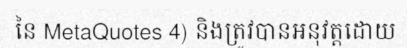
នៃ MetaQuotes 4) និងត្រូវបានអនុវត្តដោយ